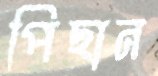
পিছান